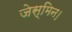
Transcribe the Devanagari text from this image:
जेस्मिन।